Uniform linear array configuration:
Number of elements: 48
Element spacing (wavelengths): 0.25
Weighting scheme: uniform
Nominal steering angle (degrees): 30
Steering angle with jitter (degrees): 28.236
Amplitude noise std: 0.05
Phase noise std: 0.05

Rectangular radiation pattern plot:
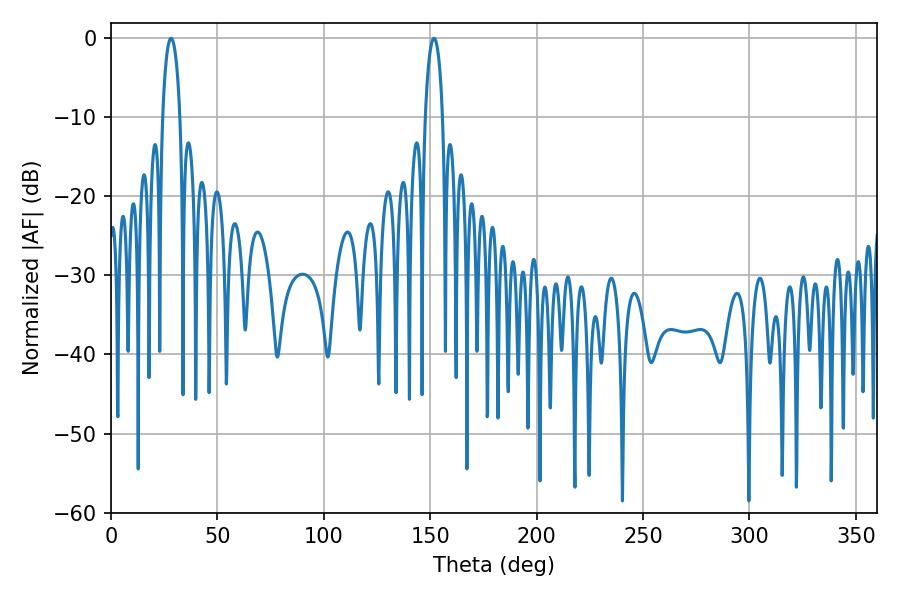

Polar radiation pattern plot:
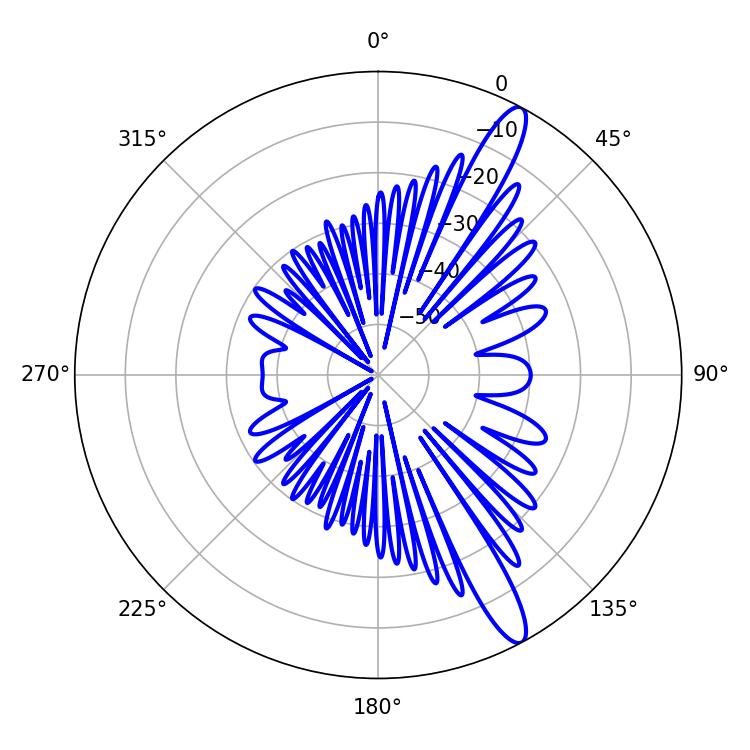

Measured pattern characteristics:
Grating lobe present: FALSE
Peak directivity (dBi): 13.489
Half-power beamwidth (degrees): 4.68
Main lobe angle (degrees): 28.26